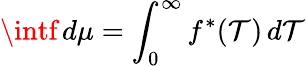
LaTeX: \intf\, d\mu=\int_{0}^{\infty}f^{*}(\mathcal{T})\, d\mathcal{T}